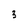
Character: 3